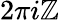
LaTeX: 2\pi i\mathbb{Z}